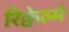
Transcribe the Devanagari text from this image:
रिक्वेल्मे